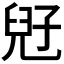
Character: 𡥲